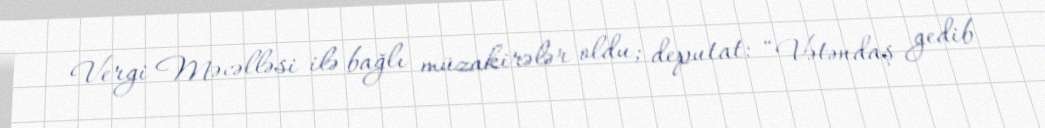
Vergi Məcəlləsi ilə bağlı müzakirələr oldu; deputat: “Vətəndaş gedib